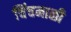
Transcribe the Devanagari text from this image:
चिंचमाळी